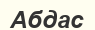
Абдас